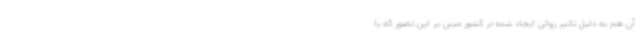
آن‌ هم به دلیل تاثیر روانی ایجاد شده در کشور مبنی بر این تصور که با